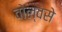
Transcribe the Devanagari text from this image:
वोल्वसे